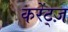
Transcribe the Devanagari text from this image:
करेंट्ज़